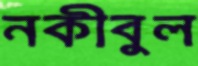
নকীবুল